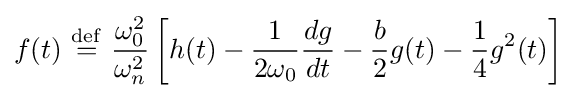
f(t)\ {\stackrel {\mathrm {def} }{=}}\ {\frac {\omega _{0}^{2}}{\omega _{n}^{2}}}\left[h(t)-{\frac {1}{2\omega _{0}}}{\frac {dg}{dt}}-{\frac {b}{2}}g(t)-{\frac {1}{4}}g^{2}(t)\right]